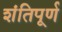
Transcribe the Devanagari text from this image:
शंतिपूर्ण